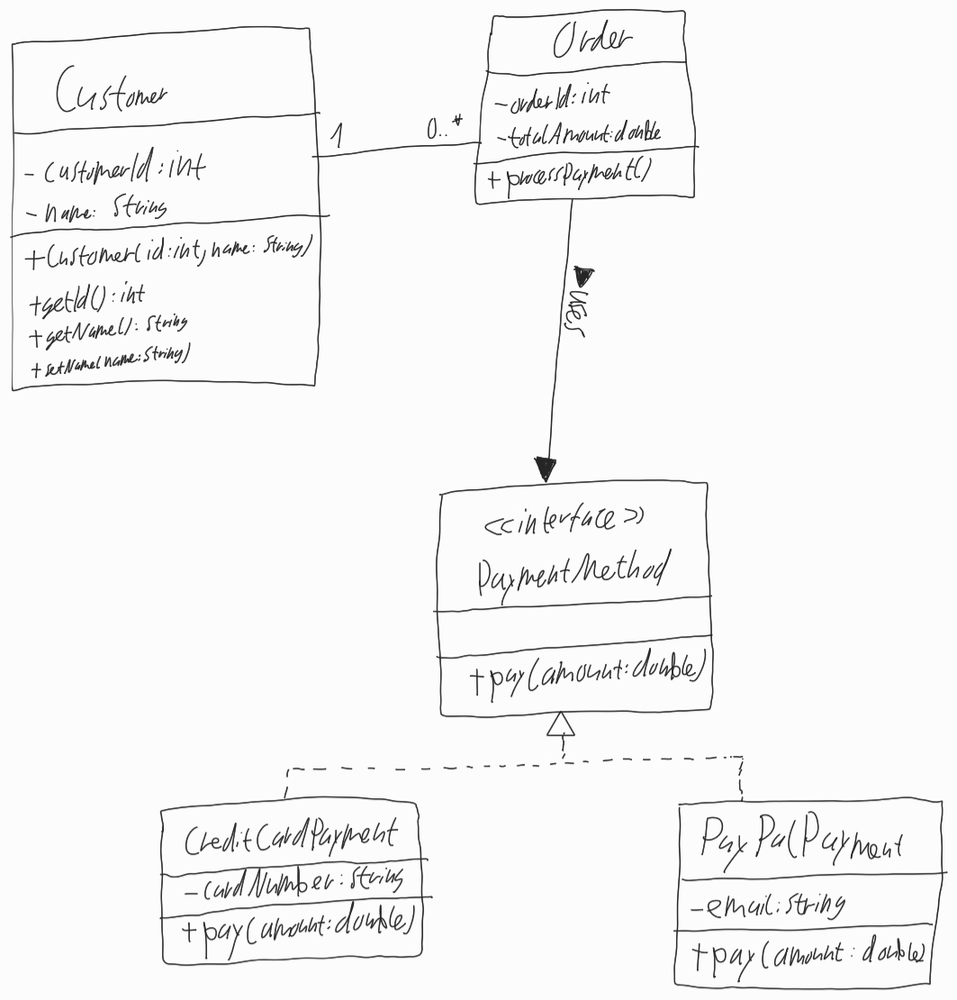
Diagram type: class_diagram
```plantuml
@startuml

class Customer {
  - customerId: int
  - name: String
  + Customer(id: int, name: String)
  + getId(): int
  + getName(): String
  + setName(name: String)
}

class Order {
  - orderId: int
  - totalAmount: double
  + processPayment()
}

interface PaymentMethod {
  + pay(amount: double)
}

class CreditCardPayment extends PaymentMethod {
  - cardNumber: String
  + pay(amount: double)
}

class PayPalPayment extends PaymentMethod {
  - email: String
  + pay(amount: double)
}

Customer "1" -- "0..*" Order
Order --> PaymentMethod : uses >

@enduml
```